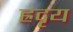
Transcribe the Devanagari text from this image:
ह्रदृय